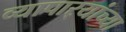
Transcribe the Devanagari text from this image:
व्यापार्‍यांच्या